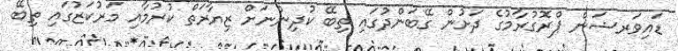
ޑައިވަރޝަން ޕްރޮގުރާމުގެ ދަށުން ގޭބަންދުގައި ތިބޭ ކުދިންނަށް ޒިޔާރަތް ކުރުމާއި މަރުކަޒުގައި ތިބޭ